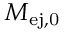
M _ { \mathrm { e j , 0 } }